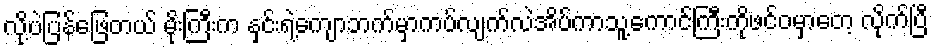
လို့ပဲပြန်ဖြေတယ် မိုးကြီးက နှင်းရဲ့ကျောဘက်မှာကပ်လျက်လဲအိပ်ကာသူ့ကောင်ကြီးကိုဖင်ဝမှာတေ့ လိုက်ပြီ